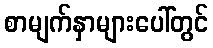
စာမျက်နှာများပေါ်တွင်